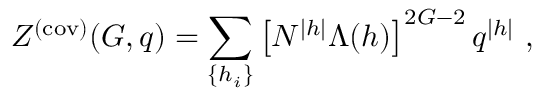
Z ^ { ( \mathrm { c o v ) } } ( G , q ) = \sum _ { \{ h _ { i } \} } \left[ N ^ { | h | } \Lambda ( h ) \right] ^ { 2 G - 2 } q ^ { | h | } ~ ,